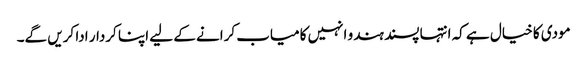
مودی کا خیال ہے کہ انتہا پسند ہندو انہیں کامیاب کرانے کے لیے اپنا کردار ادا کریں گے۔